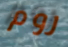
روم